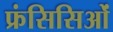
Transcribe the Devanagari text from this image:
फ्रंसिसिओं